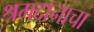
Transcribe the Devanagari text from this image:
श्रमदानाचा